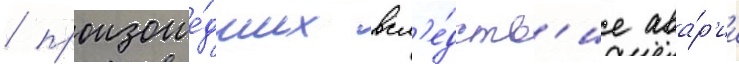
/ произоше́дших всл'е́дств'ие ава́р'ии